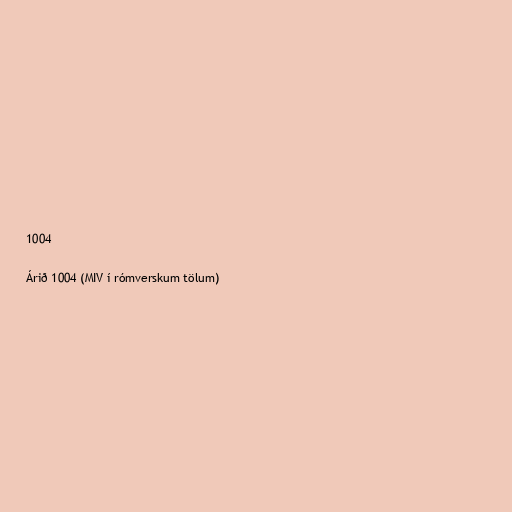
1004

Árið 1004 (MIV í rómverskum tölum)